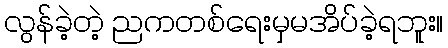
လွန်ခဲ့တဲ့ ညကတစ်ရေးမှမအိပ်ခဲ့ရဘူး။